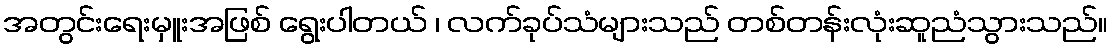
အတွင်းရေးမှူးအဖြစ် ရွေးပါတယ် ၊ လက်ခုပ်သံများသည် တစ်တန်းလုံးဆူညံသွားသည်။